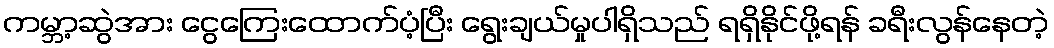
ကမ္ဘာ့ဆွဲအား ငွေကြေးထောက်ပံ့ပြီး ရွေးချယ်မှုပါရှိသည် ရရှိနိုင်ဖို့ရန် ခရီးလွန်နေတဲ့